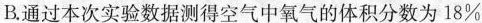
B.通过本次实验数据测得空气中氧气的体积分数为18%